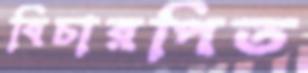
বিচারপিত